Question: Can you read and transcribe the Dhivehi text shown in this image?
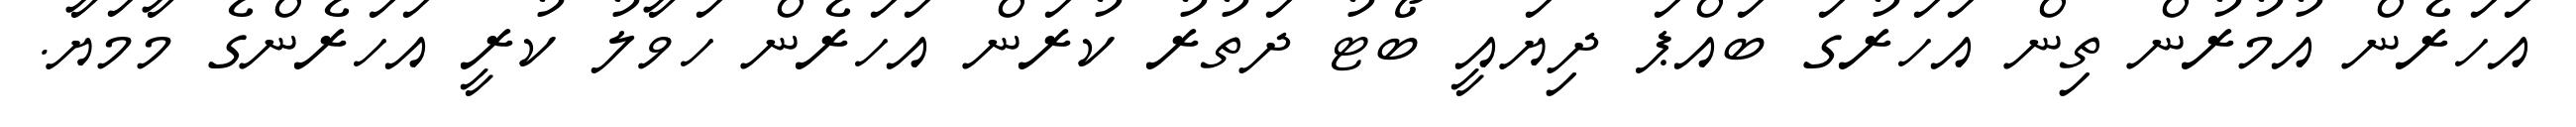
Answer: އަހަރެން އުމުރުން ތިން އަހަރުގަ ބައްޕަ ދިޔައީ ބޯޓު ދަތުރު ކުރަން އަހަރެން ހަވާލު ކުރީ އަހަރެންގެ މާމަޔާ.